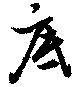
底